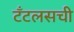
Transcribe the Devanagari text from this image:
टँटलसची